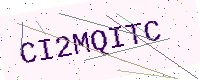
Text: CI2MQITC